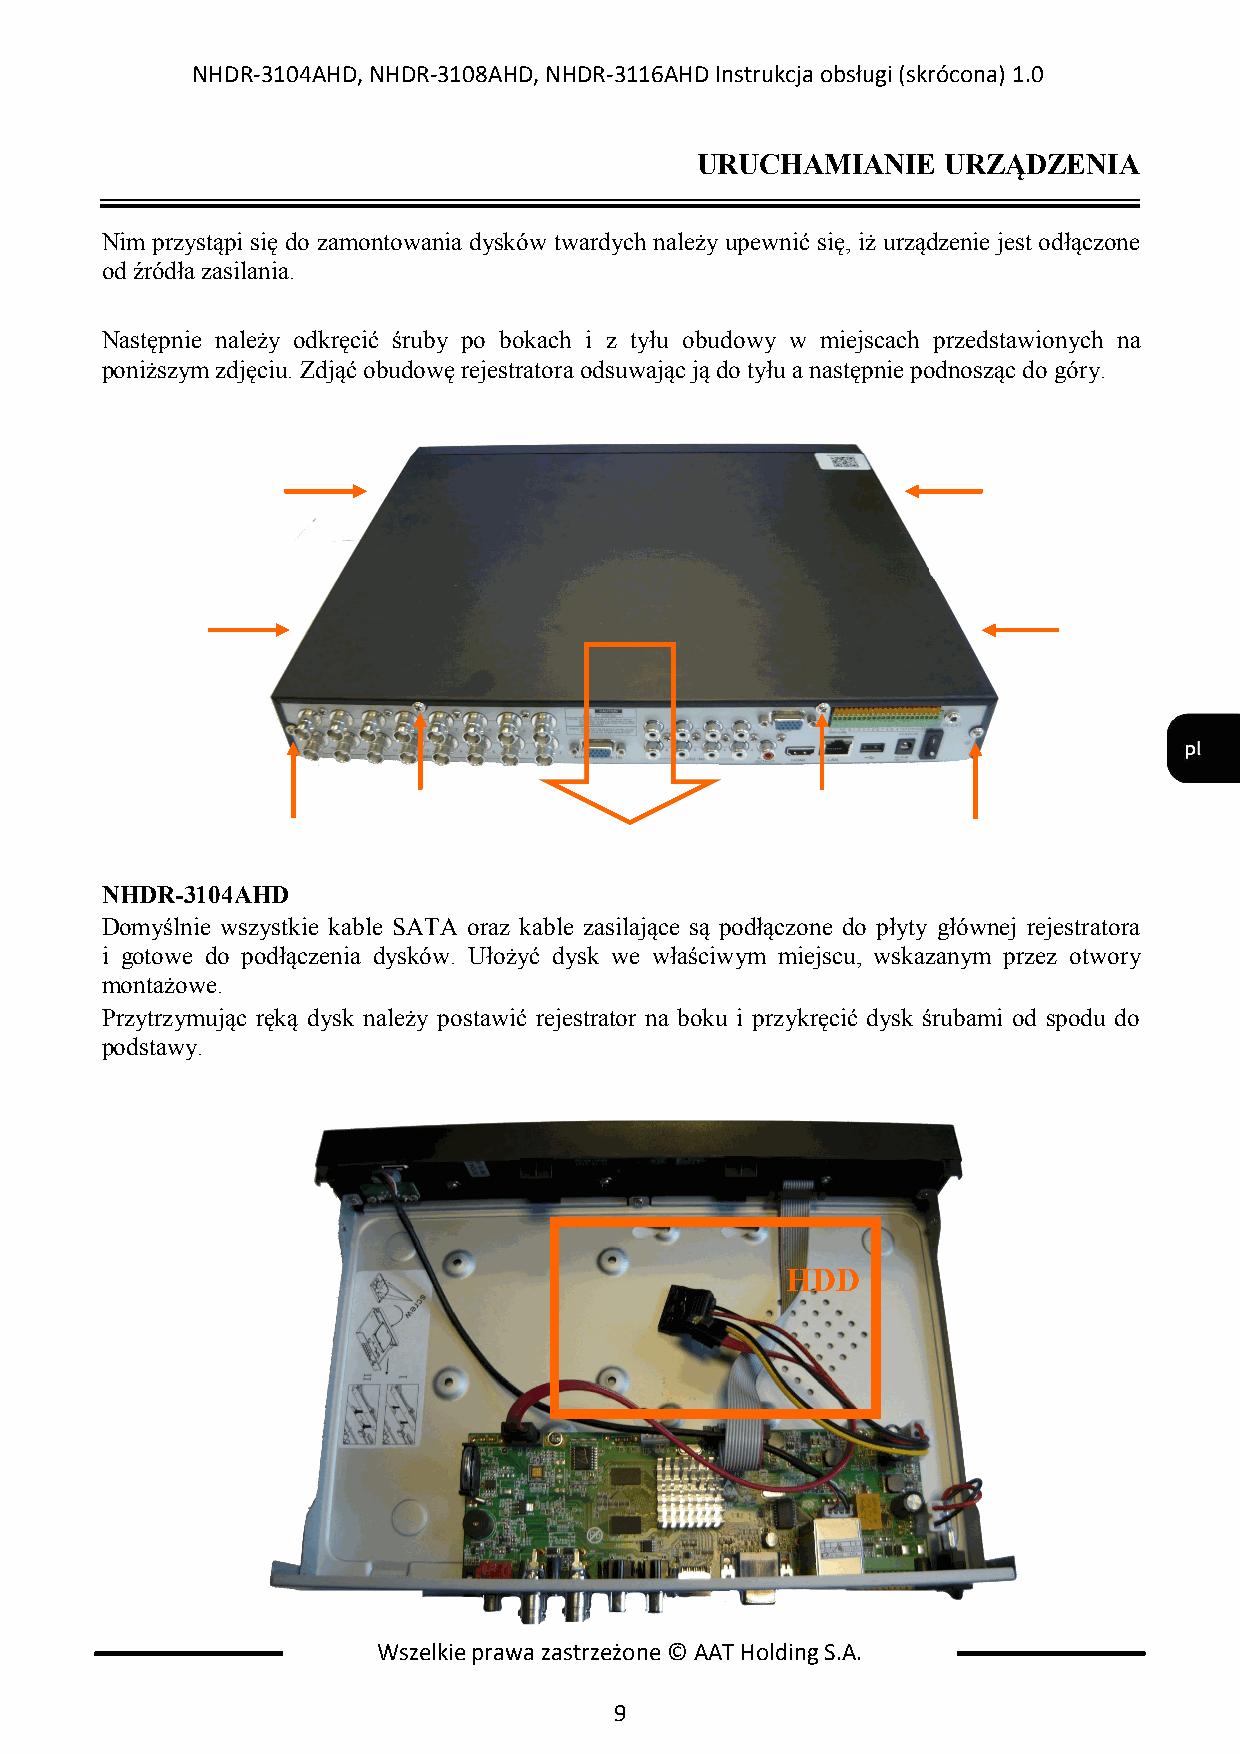
NHDR-3104AHD, NHDR-3108AHD, NHDR-3116AHD Instrukcja obsługi (skrócona) 1.0
 URUCHAMIANIE    URZĄDZENIA
 Nim przystąpi się do zamontowania dysków twardych należy upewnić się, iż urządzenie jest odłączone
 od źródła zasilania.
 Następnie należy odkręcić śruby po bokach i z tyłu obudowy w miejscach przedstawionych na
 poniższym zdjęciu. Zdjąć obudowę rejestratora odsuwając ją do tyłu a następnie podnosząc do góry.
 NHDR-3104AHD
 Domyślnie wszystkie kable SATA oraz kable zasilające są podłączone do płyty głównej rejestratora
 i gotowe do podłączenia dysków. Ułożyć dysk we właściwym miejscu, wskazanym przez otwory
 montażowe.
 Przytrzymując ręką dysk należy postawić rejestrator na boku i przykręcić dysk śrubami od spodu do
 podstawy.
 HDD
 Wszelkie prawa zastrzeżone © AAT Holding S.A.
 9